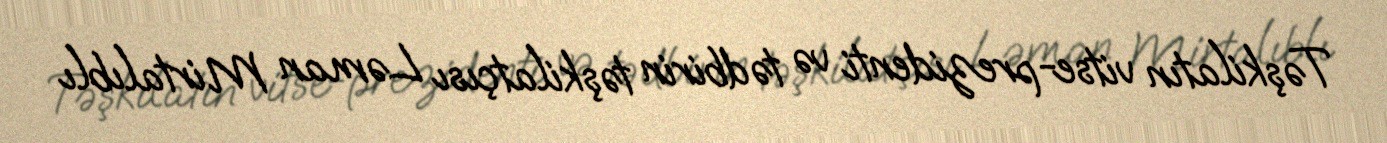
Təşkilatın vitse-prezidenti və tədbirin təşkilatçısı Ləman Mirtalıblı